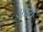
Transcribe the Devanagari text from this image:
अर्घ्यं